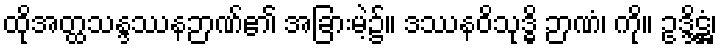
ထိုအတ္ထသန္ဒဿနဉာဏ်၏ အခြားမဲ့၌။ ဒဿနဝိသုဒ္ဓိ ဉာဏံ၊ ကို။ ဥဒ္ဒိဋ္ဌံ၊